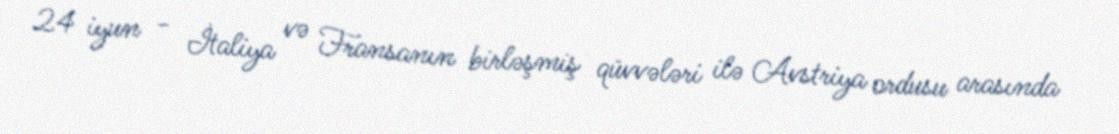
24 iyun - İtaliya və Fransanın birləşmiş qüvvələri ilə Avstriya ordusu arasında